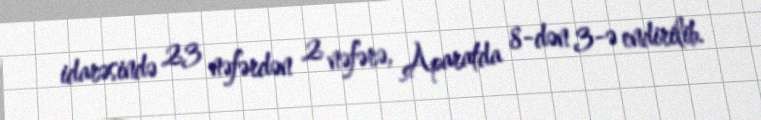
idarəsində 23 nəfərdən 2 nəfərə, Aparatda 8-dən 3-ə endirilib.